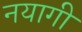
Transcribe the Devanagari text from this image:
नयागी